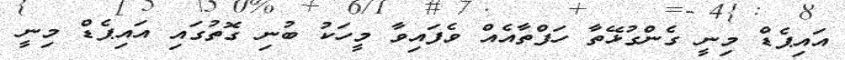
އައިޕެޑް މިނީ ގެންގުޅޭތާ ހަފްތާއެއް ވެފައިވާ މީހަކު ބުނި ގޮތުގައި އައިޕެޑް މިނީ